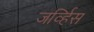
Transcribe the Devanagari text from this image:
जर्व्हिस